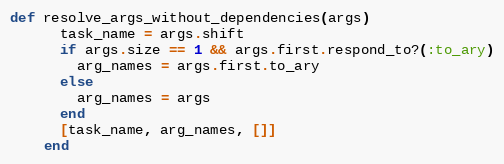
Language: Ruby
def resolve_args_without_dependencies(args)
      task_name = args.shift
      if args.size == 1 && args.first.respond_to?(:to_ary)
        arg_names = args.first.to_ary
      else
        arg_names = args
      end
      [task_name, arg_names, []]
    end